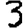
Digit: 3